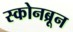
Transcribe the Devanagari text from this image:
स्कोनब्रून